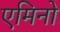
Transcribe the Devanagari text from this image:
एमिनो